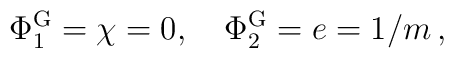
\Phi^{\rm G}_1 = \chi=0, \,\,\,\,\,\,\Phi^{\rm G}_2 = e = 1/m\,,